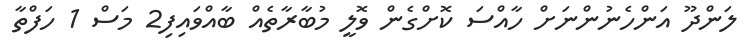
ލަންދޫ އަންހެނުންނަށް ހާއްސަ ކޮށްގެން ވޮލީ މުބާރާތެއް ބާއްވައިފި2 މަސް 1 ހަފްތާ